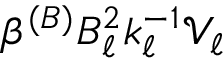
\beta ^ { ( B ) } B _ { \ell } ^ { 2 } k _ { \ell } ^ { - 1 } \mathcal { V } _ { \ell }